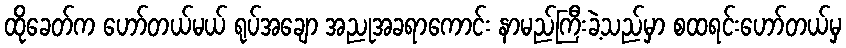
ထိုခေတ်က ဟော်တယ်မယ် ရုပ်အချော အညုအခရာကောင်း နာမည်ကြီးခဲ့သည်မှာ စထရင်းဟော်တယ်မှ